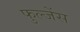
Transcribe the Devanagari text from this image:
फुल्जेंस